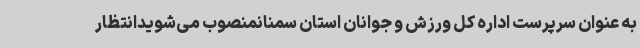
به عنوان سرپرست اداره کل ورزش و جوانان استان سمنانمنصوب می‌شویدانتظار